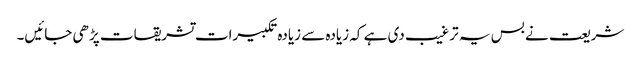
شریعت نے بس یہ ترغیب دی ہے کہ زیادہ سے زیادہ تکبیرات تشریقات پڑھی جائیں۔